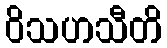
ဝိသဟသီတိ